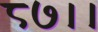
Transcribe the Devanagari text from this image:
८७।।